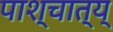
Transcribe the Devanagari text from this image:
पाश्चात्य्